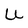
Character: U